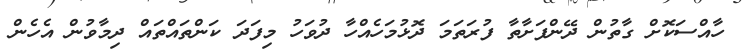
ހާއްސަކޮށް ގާތުން ދޭންފަށާތާ ފުރަތަމަ ދޮޅުމަހެއްހާ ދުވަހު މިފަދަ ކަންތައްތައް ދިމާވުން އެހެން